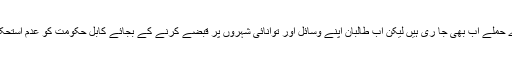
اگرچہ شہری مراکز پر اس طرح کے بڑے حملے اب بھی جا ری ہیں لیکن اب طالبان اپنے وسائل اور توانائی شہروں پر قبضے کرنے کے بجائے کابل حکومت کو عدم استحکام کا شکار کرنے میں استعمال کرتے ہیں۔